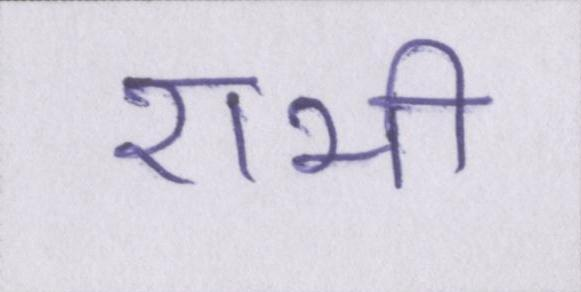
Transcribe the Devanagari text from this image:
राभी